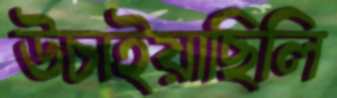
উচাইয়াছিলি